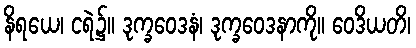
နိရယေ၊ ငရဲ၌။ ဒုက္ခဝေဒနံ၊ ဒုက္ခဝေဒနာကို။ ဝေဒိယတိ၊